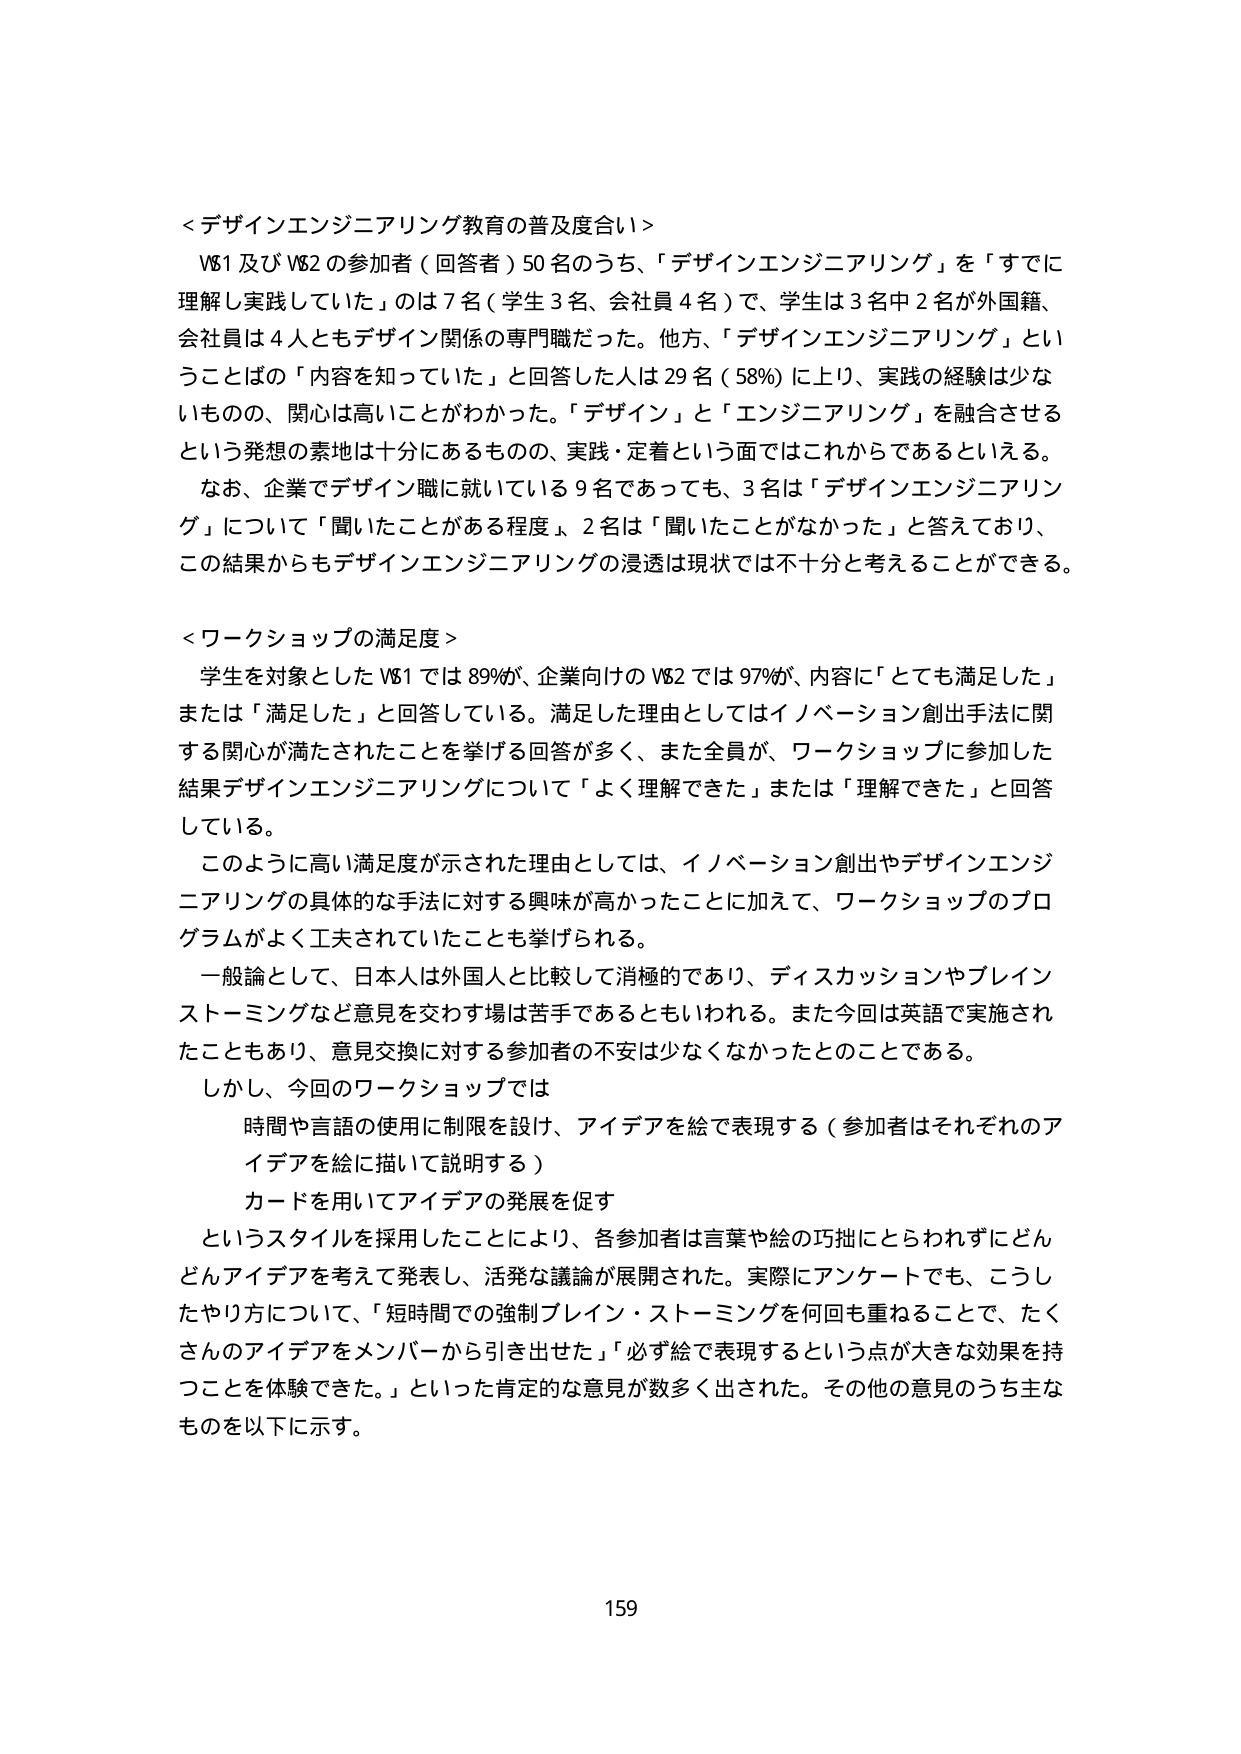
＜デザインエンジニアリング教育の普及度合い＞
V81 及び V82 の参加者（回答者）50 名のうち、「デザインエンジニアリング」を「すでに理解し実践していた」のは 7 名（学生 3 名、会社員 4 名）で、学生は 3 名中 2 名が外国籍、会社員は 4 人ともデザイン関係の専門職だった。他方、「デザインエンジニアリング」ということばの「内容を知っていた」と回答した人は 29 名（58%）に上り、実践の経験は少ないものの、関心は高いことがわかった。「デザイン」と「エンジニアリング」を融合させるという発想の素地は十分にあるものの、実践・定着という面ではこれからであるといえる。
なお、企業でデザイン職に就いている 9 名であっても、3 名は「デザインエンジニアリング」について「聞いたことがある程度」、2 名は「聞いたことがなかった」と答えており、この結果からもデザインエンジニアリングの浸透は現状では不十分と考えることができる。

＜ワークショップの満足度＞
学生を対象とした V81 では 89%が、企業向けの V82 では 97%が、内容に「とても満足した」または「満足した」と回答している。満足した理由としてはイノベーション創出手法に関する関心が満たされたことを挙げる回答が多く、また全員が、ワークショップに参加した結果デザインエンジニアリングについて「よく理解できた」または「理解できた」と回答している。
このように高い満足度が示された理由としては、イノベーション創出やデザインエンジニアリングの具体的な手法に対する興味が高かったことに加えて、ワークショップのプログラムがよく工夫されていたことも挙げられる。
一般論として、日本人は外国人と比較して消極的であり、ディスカッションやブレインストーミングなど意見を交わす場は苦手であるともいわれる。また今回は英語で実施されたこともあり、意見交換に対する参加者の不安は少なくなかったとのことである。
しかし、今回のワークショップでは
　時間や言語の使用に制限を設け、アイデアを絵で表現する（参加者はそれぞれのアイデアを絵に描いて説明する）
　カードを用いてアイデアの発展を促す
というスタイルを採用したことにより、各参加者は言葉や絵の巧拙にとらわれずにどんどんアイデアを考えて発表し、活発な議論が展開された。実際にアンケートでも、こうしたやり方について、「短時間での強制ブレイン・ストーミングを何回も重ねることで、たくさんのアイデアをメンバーから引き出せた」「必ず絵で表現するという点が大きな効果を持つことを体験できた。」といった肯定的な意見が数多く出された。その他の意見のうち主なものを以下に示す。

159